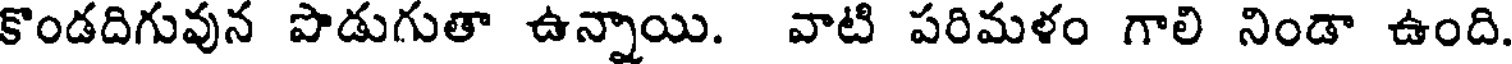
కొండదిగువున పొడుగుతా ఉన్నాయి. వాటి పరిమళం గాలి నిండా ఉంది.